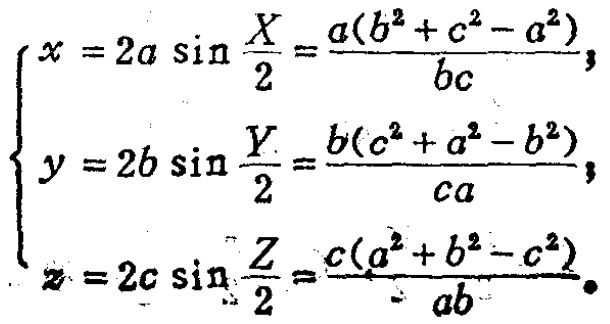
\[

\begin{cases}

x = 2a\sin\frac{X}{2}=\frac{a(b^{2}+c^{2}-a^{2})}{bc},\\

y = 2b\sin\frac{Y}{2}=\frac{b(c^{2}+a^{2}-b^{2})}{ca},\\

z = 2c\sin\frac{Z}{2}=\frac{c(a^{2}+b^{2}-c^{2})}{ab}.

\end{cases}

\]